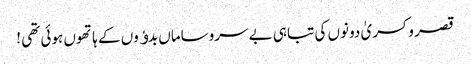
قصر و کسریٰ دونوں کی تباہی بے سروساماں بدﺅوں کے ہاتھوں ہوئی تھی !